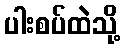
ပါးစပ်ထဲသို့